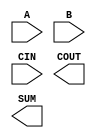
/**
 * Copyright 2020 The SkyWater PDK Authors
 *
 * Licensed under the Apache License, Version 2.0 (the "License");
 * you may not use this file except in compliance with the License.
 * You may obtain a copy of the License at
 *
 *     https://www.apache.org/licenses/LICENSE-2.0
 *
 * Unless required by applicable law or agreed to in writing, software
 * distributed under the License is distributed on an "AS IS" BASIS,
 * WITHOUT WARRANTIES OR CONDITIONS OF ANY KIND, either express or implied.
 * See the License for the specific language governing permissions and
 * limitations under the License.
 *
 * SPDX-License-Identifier: Apache-2.0
 */

`ifndef SKY130_FD_SC_LP__FAHCIN_SYMBOL_V
`define SKY130_FD_SC_LP__FAHCIN_SYMBOL_V

/**
 * fahcin: Full adder, inverted carry in.
 *
 * Verilog stub (without power pins) for graphical symbol definition
 * generation.
 *
 * WARNING: This file is autogenerated, do not modify directly!
 */

`timescale 1ns / 1ps
`default_nettype none

(* blackbox *)
module sky130_fd_sc_lp__fahcin (
    //# {{data|Data Signals}}
    input  A   ,
    input  B   ,
    input  CIN ,
    output COUT,
    output SUM
);

    // Voltage supply signals
    supply1 VPWR;
    supply0 VGND;
    supply1 VPB ;
    supply0 VNB ;

endmodule

`default_nettype wire
`endif  // SKY130_FD_SC_LP__FAHCIN_SYMBOL_V